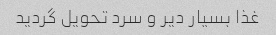
غذا بسیار دیر و سرد تحویل گردید